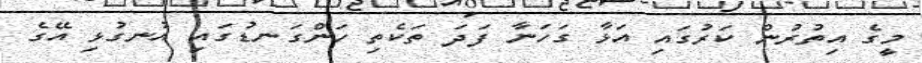
މީގެ އިތުރުން ކަރުގައި އަޅާ ގަހަނާ ފަދަ ތަކެތި ހަންގަނޑުގައި އުނގުޅި އޭގެ